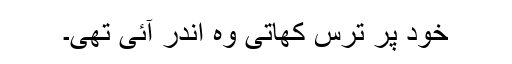
خود پر ترس کھاتی وہ اندر آئی تھی۔